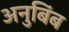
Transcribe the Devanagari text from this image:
अनुबिंब